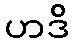
ဟဒိ